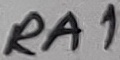
Text: RA1